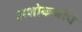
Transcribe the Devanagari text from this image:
अशोकजींचे